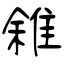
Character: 雓